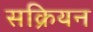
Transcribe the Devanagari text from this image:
सक्रियन